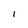
Character: l